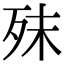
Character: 𣧣